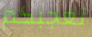
تعجبكم